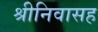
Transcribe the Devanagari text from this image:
श्रीनिवासह